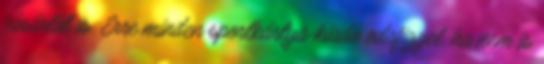
vásárlót is. Erre minden sportkártya-kiadó odafigyel, ha nem is